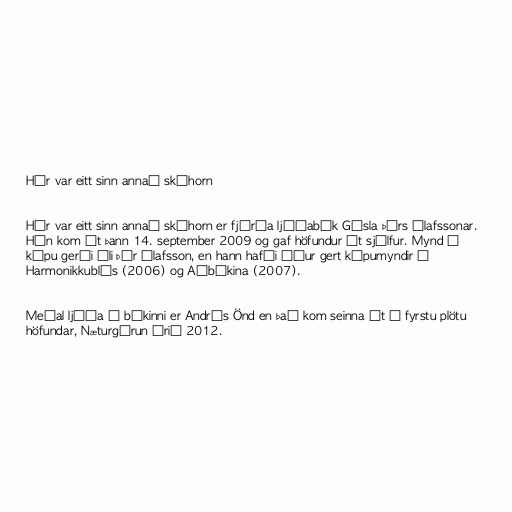
Hér var eitt sinn annað skóhorn

Hér var eitt sinn annað skóhorn er fjórða ljóðabók Gísla Þórs Ólafssonar.
Hún kom út þann 14. september 2009 og gaf höfundur út sjálfur. Mynd á
kápu gerði Óli Þór Ólafsson, en hann hafði áður gert kápumyndir á
Harmonikkublús (2006) og Aðbókina (2007).

Meðal ljóða í bókinni er Andrés Önd en það kom seinna út á fyrstu plötu
höfundar, Næturgárun árið 2012.